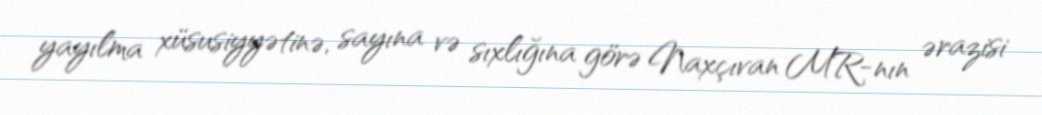
yayılma xüsusiyyətinə, sayına və sıxlığına görə Naxçıvan MR-nın ərazisi